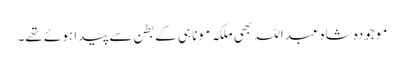
موجودہ شاہ عبداللہ بھی ملکہ مونا ہی کے بطن سے پیدا ہوئے تھے۔